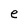
Character: e